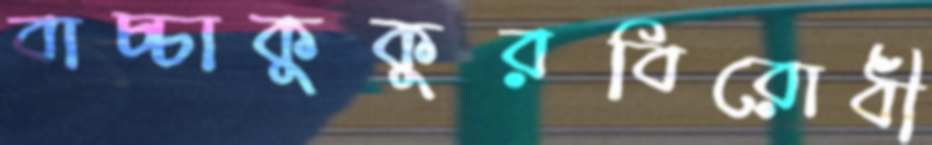
বাচ্চাকুকুরবিরোধী